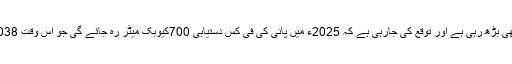
پاکستان میں پانی کی قلت بھی بڑھ رہی ہے اور توقع کی جارہی ہے کہ 2025ء میں پانی کی فی کس دستیابی 700کیوبک میٹر رہ جائے گی جو اس وقت 1038کیوبک میٹر فی کس ہے۔